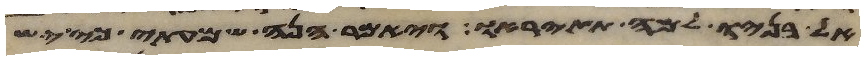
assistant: אל בניו למה תתיראו ויאמר הנה שמעתי כי יש